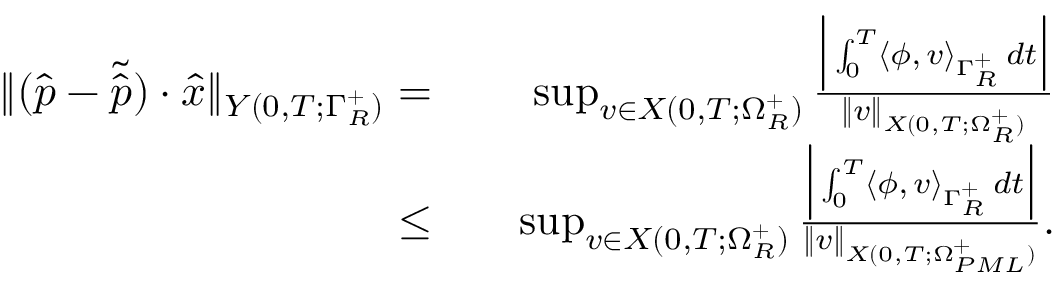
\begin{array} { r } { \begin{array} { r l r } { \| ( \hat { p } - \tilde { \hat { p } } ) \cdot \hat { x } \| _ { Y ( 0 , T ; \Gamma _ { R } ^ { + } ) } = } & { } & { \operatorname* { s u p } _ { v \in X ( 0 , T ; \Omega _ { R } ^ { + } ) } \frac { \Big | \int _ { 0 } ^ { T } \langle \phi , \, v \rangle _ { \Gamma _ { R } ^ { + } } \, d t \Big | } { \| v \| _ { X ( 0 , T ; \Omega _ { R } ^ { + } ) } } } \\ { \leq } & { } & { \operatorname* { s u p } _ { v \in X ( 0 , T ; \Omega _ { R } ^ { + } ) } \frac { \Big | \int _ { 0 } ^ { T } \langle \phi , \, v \rangle _ { \Gamma _ { R } ^ { + } } \, d t \Big | } { \| v \| _ { X ( 0 , T ; \Omega _ { P M L } ^ { + } ) } } . } \end{array} } \end{array}